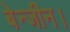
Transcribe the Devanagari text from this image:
बेन्जीन।